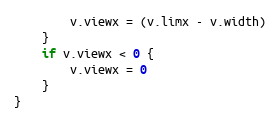
Language: Go
		v.viewx = (v.limx - v.width)
	}
	if v.viewx < 0 {
		v.viewx = 0
	}
}